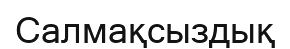
Салмақсыздық